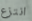
انتزع